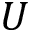
U